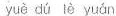
yuè dú lè yuán